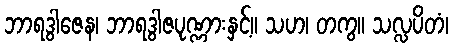
ဘာရဒွါဇေန၊ ဘာရဒွါဇပုဏ္ဏားနှင့်။ သဟ၊ တကွ။ သလ္လပိတံ၊